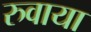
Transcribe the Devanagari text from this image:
रुवाया